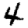
Digit: 4